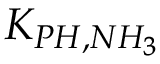
K _ { P H , N H _ { 3 } }